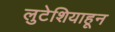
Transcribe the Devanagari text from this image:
लुटेशियाहून